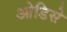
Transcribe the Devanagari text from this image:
ओडिसे